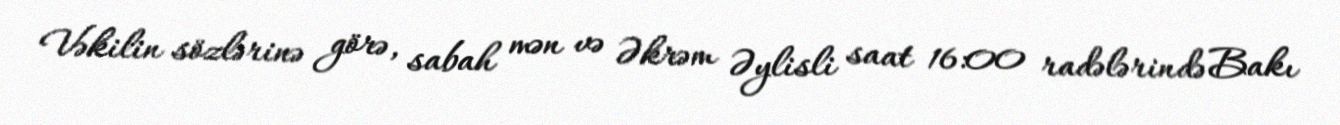
Vəkilin sözlərinə görə, sabah mən və Əkrəm Əylisli saat 16:00 radələrində Bakı